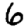
Digit: 6